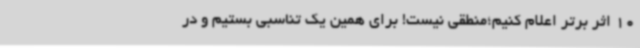
10 اثر برتر اعلام کنیم؛منطقی نیست! برای همین یک تناسبی بستیم و در